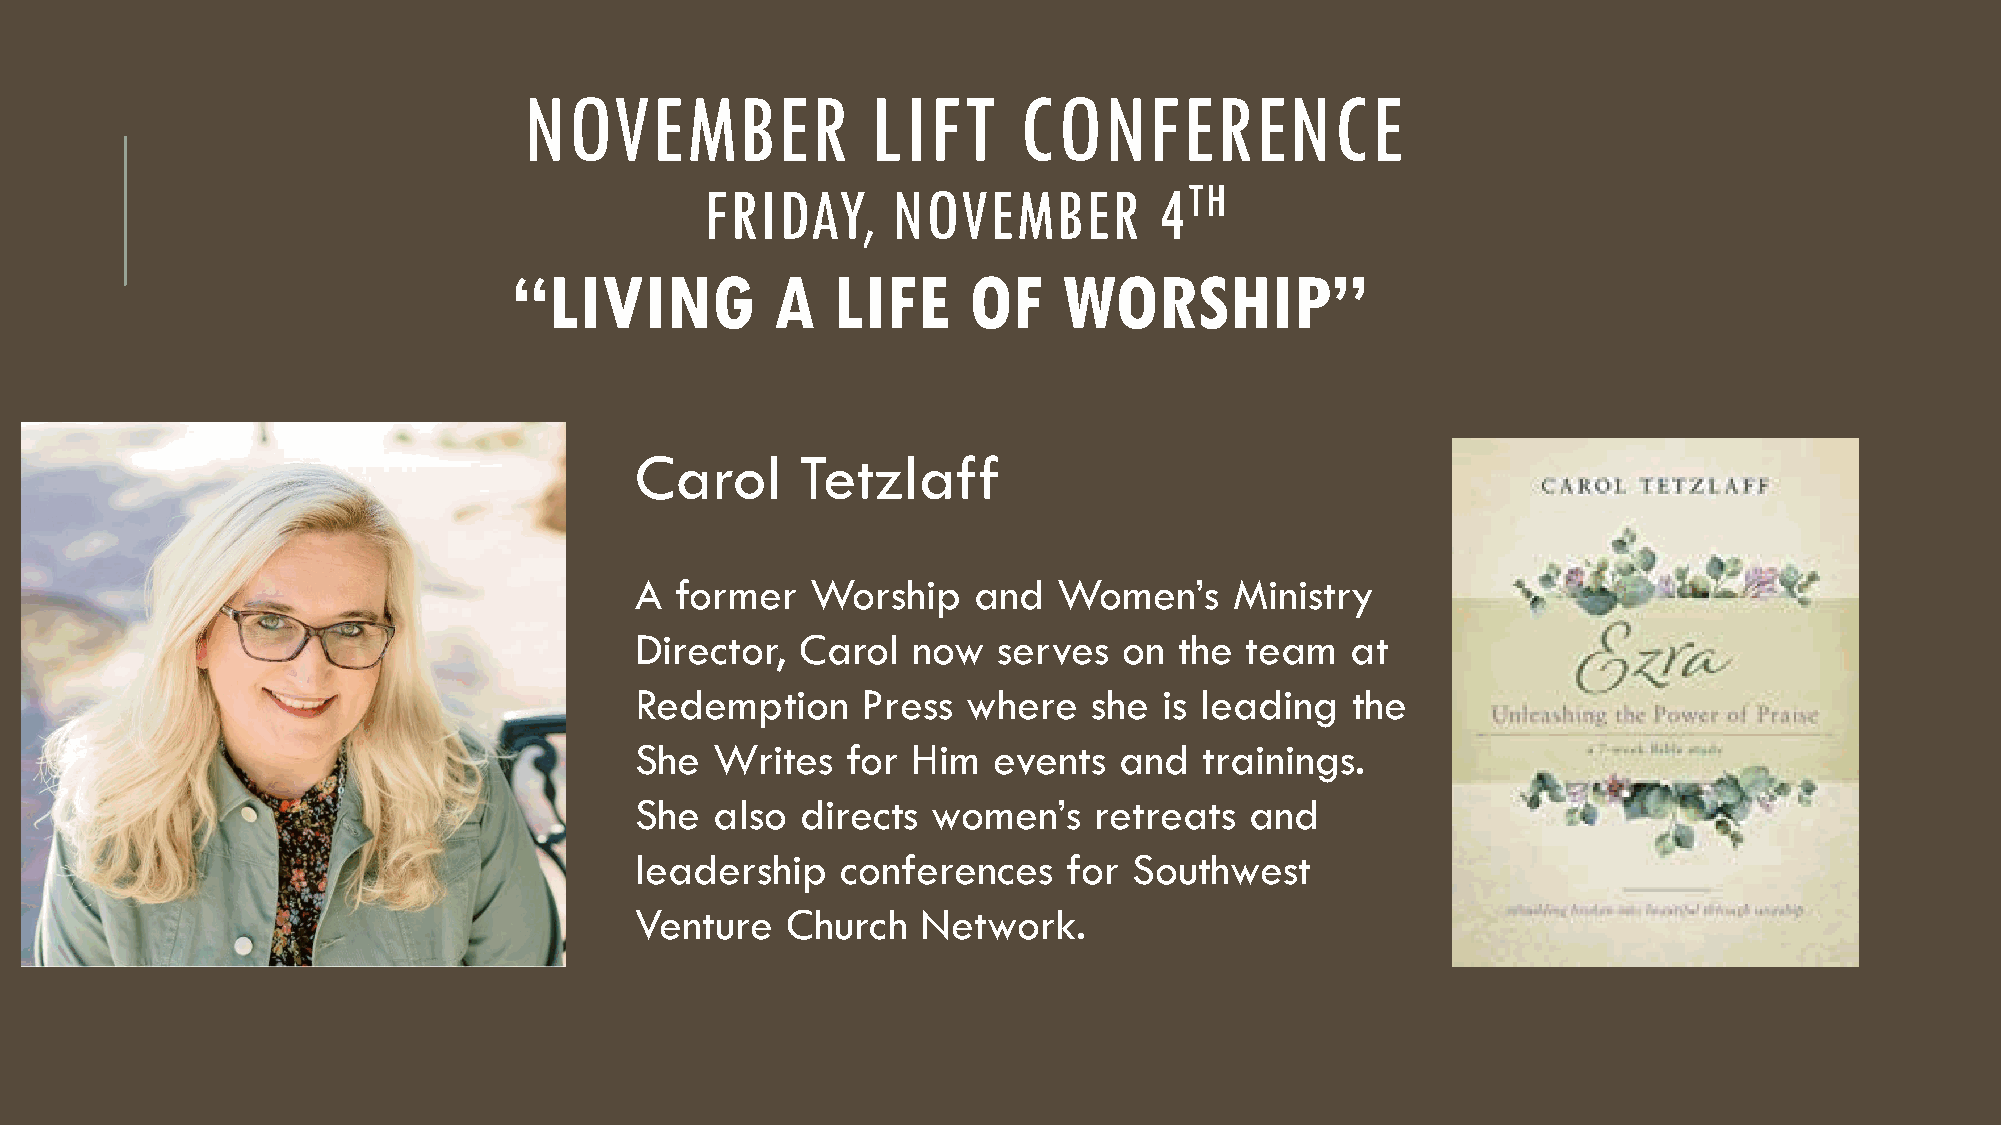
NOVEMBER               LIFT     CONFERENCE
 FRIDAY,     NOVEMBER          4TH
 “LIVING          A   LIFE     OF    WORSHIP”
 Carol      Tetzlaff
 A  former   Worship   and   Women’s     Ministry
 Director,  Carol  now   serves  on  the team   at
 Redemption     Press  where   she  is leading  the
 She  Writes   for Him   events  and   trainings.
 She  also  directs  women’s   retreats   and
 leadership    conferences    for Southwest
 Venture   Church   Network.